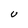
Character: U